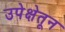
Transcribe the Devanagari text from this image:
उपेक्षेतून